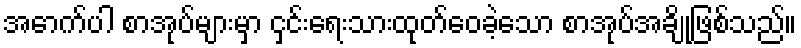
အောက်ပါ စာအုပ်များမှာ ငှင်းရေးသားထုတ်ဝေခဲ့သော စာအုပ်အချို့ဖြစ်သည်။